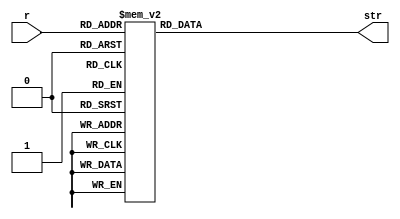
module pcreg_decoder (
	output reg [63:0] str,
	input [4:0] r
);
	always @ (*) begin
		case (r)
			0 : str = "  status";
			1 : str = "     epc";
			2 : str = "badvaddr";
			3 : str = "    evec";
			4 : str = "   count";
			5 : str = " compare";
			6 : str = "   cause";
			7 : str = "    ptbr";
			12: str = "      k0";
			13: str = "      k1";
			30: str = "  tohost";
			31: str = "fromhost";
			default: str = "???";
		endcase
	end
endmodule